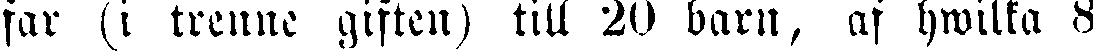
far (i trenne giften) till 20 barn, af hwilka 8